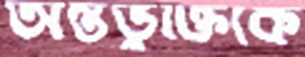
অন্তর্ভুক্তিকে